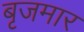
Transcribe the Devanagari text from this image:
बृजमार